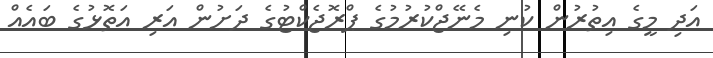
އަދި މީގެ އިތުރުން ކުނި މެނޭޖްކުރުމުގެ ޕްރޮޖެކްޓުގެ ދަށުން އަރި އަތޮޅުގެ ބައެއް